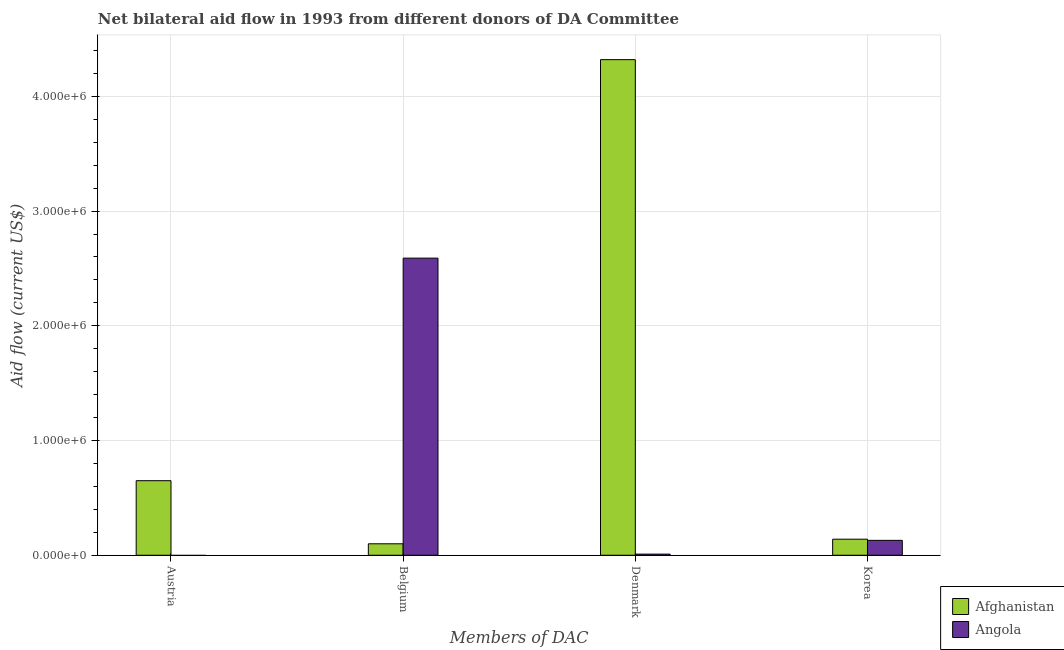
| Members of DAC | Afghanistan | Angola |
 | --- | --- | --- |
 | Austria | 6.5e+05 | -6e+05 |
 | Belgium | 1e+05 | 2.59e+06 |
 | Denmark | 4.32e+06 | 1e+04 |
 | Korea | 1.4e+05 | 1.3e+05 |